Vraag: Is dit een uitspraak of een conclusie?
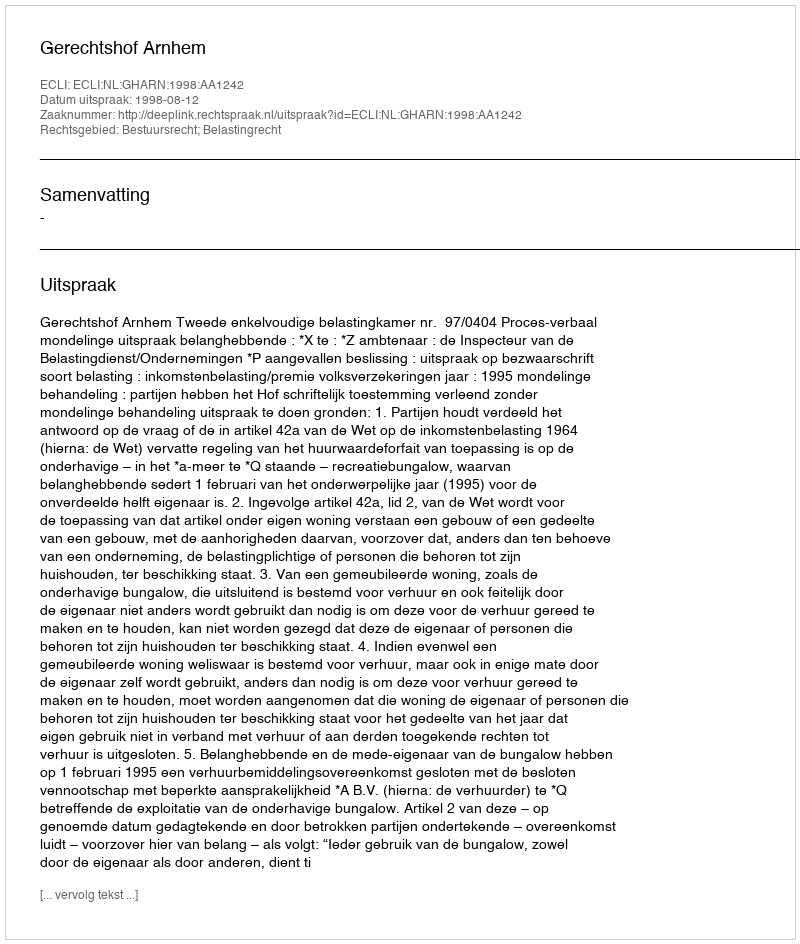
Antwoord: Uitspraak